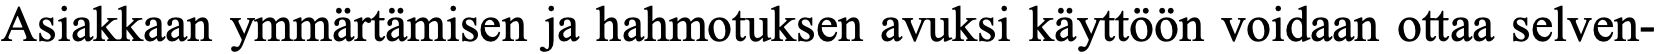
Asiakkaan ymmärtämisen ja hahmotuksen avuksi käyttöön voidaan ottaa selven-